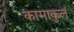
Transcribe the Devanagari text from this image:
कामाकुलं